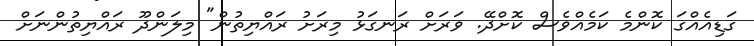
ގަޑިއެއްގަ ކޮންމެ ކަމެއްވެސް ކޮށްދޭ. ވަރަށް ރަނގަޅު މިރަށު ރައްޔިތުން" މިލަންދޫ ރައްޔިތުންނަށް